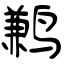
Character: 鹣